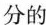
分的